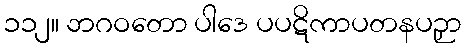
၁၁၂။ ဘဂဝတော ပါဒေ ပပဋိကာပတနပဉှာ